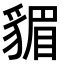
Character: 𧳬